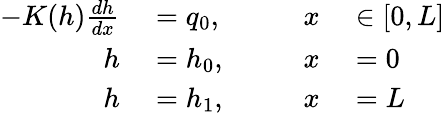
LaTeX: \begin{array}{rlrl}{-K(h)\frac{dh}{dx}}&{{}=q_{0},\qquad}&{x}&{{}\in[0,L]}\\ {h}&{{}=h_{0},}&{x}&{{}=0}\\ {h}&{{}=h_{1},}&{x}&{{}=L}\end{array}